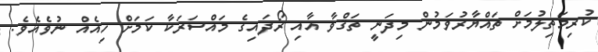
ކުރިމަތިލުމަށް ތައްޔާރުވަމުން މިދަނީ ތަޤްވާ އާއި ރޯދައިގެ މައްސަރަކާ ކަމަށް ހިއެއް ނުވެއެވެ.